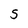
Character: S